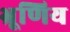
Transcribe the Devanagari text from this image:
भ्रूणिय